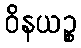
ဝိနယဉ္စ